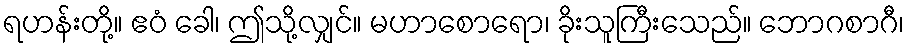
ရဟန်းတို့။ ဧဝံ ခေါ၊ ဤသို့လျှင်။ မဟာစောရော၊ ခိုးသူကြီးသေည်။ ဘောဂစာဂီ၊